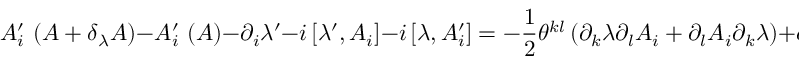
A _ { i } ^ { \prime } \, \left( A + \delta _ { \lambda } A \right) - A _ { i } ^ { \prime } \, \left( A \right) - \partial _ { i } \lambda ^ { \prime } - i \left[ \lambda ^ { \prime } , A _ { i } \right] - i \left[ \lambda , A _ { i } ^ { \prime } \right] = - \frac { 1 } { 2 } \theta ^ { k l } \left( \partial _ { k } \lambda \partial _ { l } A _ { i } + \partial _ { l } A _ { i } \partial _ { k } \lambda \right) + o \left( \theta ^ { 2 } \right) ,